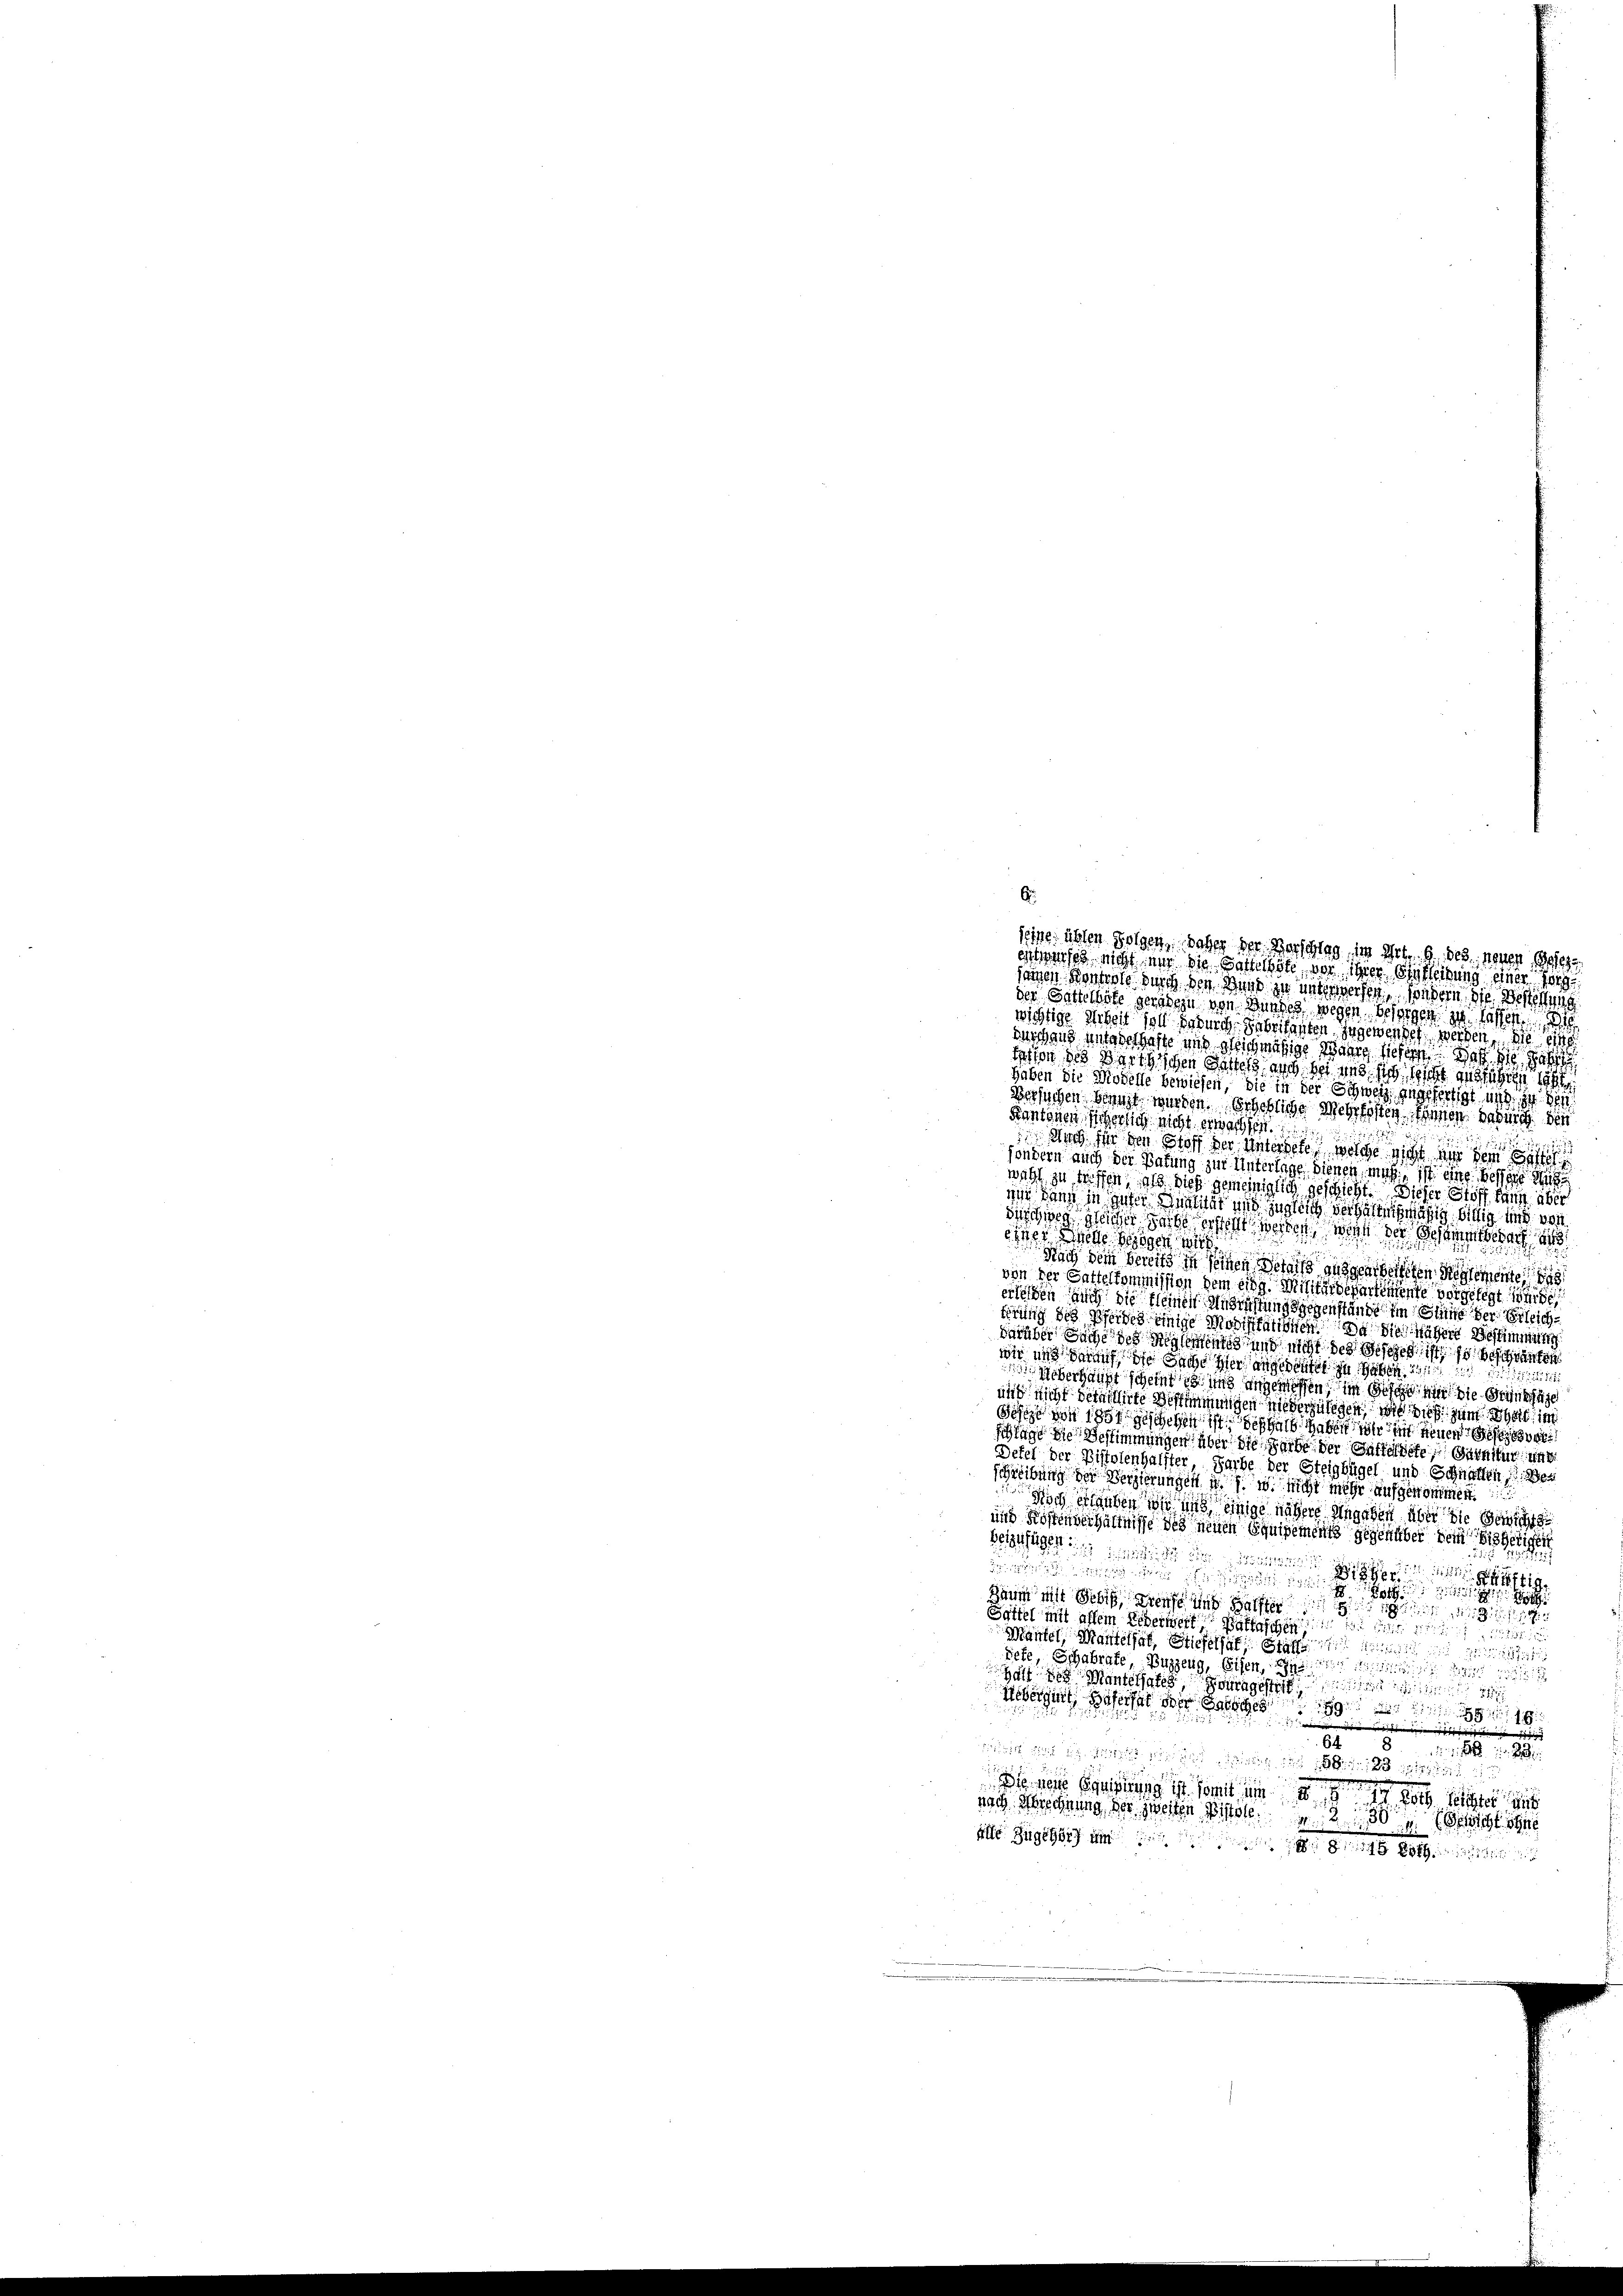
A.
seine übten Folgen, daher der Vorschlag, im Art. 9. des neuen Geseze
ewasch nicht und die Bestellte, vor ihrer Ausleitung einer Tag
jagen Kontrole durch den Bund zu unterwerfen, wedern die Bestehung
der Gattelhüte geradezu von Bundes wegen besorgen zu lassen.
wichtige Arbeit soll dadurch Sabzifanten Ingewendet werden, die eine
dus chang unteres hafte uns gleichmäßige Wahre siehern. Was die Haf
tation des Parthischen Sattels auch bei und sich leicht ausführen
haben die Modelle bewiesen, die in der Schweiz angefertigt und zu den
Versuchen benuzt wurden erhebliche Mehrkosten Ihnen dadurch den
Kantonen Sicherlich nicht erwachsen.

de für den Stoff der Untersetz, welche nicht nur dem St
sondern auch der Batung zur Unterlage dienen, muß, ist eine Bessere d
weht zu triffen, als dies gemeiniglich geschicht. Dieser Stoff kann aber
wie dann in guter Qualität und zugleich verhältnißmäßig billig und von
büschweg gleicher gante erhohlt werden, wenn der Gesammtbenach als
eier wolle beigen wir
Nach dem bereits in seinen Details ausgearbeiteten Reglemente
von der Gattelkommission dem eidg. Militärdepartemente vorgelegt in de
erlesen auch die kleinen Andrichtungsgegenstände im Sinne der Erleichirung des Pferdes einige Modifikationen die nähere Bestimmung
darüber Sache des Reglement und nicht des Gesches ist so beschränken
wir und darauf die Sache hier angedeutet zu haben das
1
Ueberhause scheint de sind angemessen, im Gesche mit die Grünstige
und nicht detaillirte Bestimmungen wiederzulegen, wie dieß zum That im
Josche von 1851 geschehen ist, seßhalb haben wir im neuen Gestehe
schlage die Bestimmungen über die Farbe der Gattildete Garatur und
Detel der Pistolenhälfter, Farbe der Steigbügel und Schnatten. Der
schreibung der Vergierungen u. s. w. nicht mehr aufgenommen.
Noch erlauben wir und einige nähere Angaben über die Gerich
und Kostenverhältnisse des neuen Equipements gegenüber dem bisherigen
beizufügen: g
wen den
Zaum nicht Sebis, dense und Halfer
Sattel mit allem Eiderwert, Bastaschen den in de
Mantel, Mantelsal, Stiefelhaft Graff
Sete Schabrate, Buzzeug, Eisen, in der Aus
Halt des Mantelsates ouragestigkeit in
Uebergiert Haferat oder Patsches

6481
1
23 1891
ie neue Beising ist somit im
  208. Seiter 1848
nach Mischerung der zweiten Bistoll
3
x
304.  Fristigt se
alle Zugehör um e